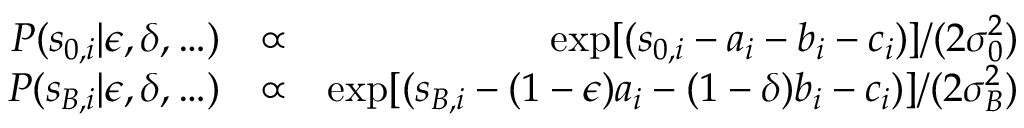
\begin{array} { r l r } { P ( s _ { 0 , i } | \epsilon , \delta , \ldots ) } & { \propto } & { \exp [ ( s _ { 0 , i } - a _ { i } - b _ { i } - c _ { i } ) ] / ( 2 \sigma _ { 0 } ^ { 2 } ) } \\ { P ( s _ { B , i } | \epsilon , \delta , \ldots ) } & { \propto } & { \exp [ ( s _ { B , i } - ( 1 - \epsilon ) a _ { i } - ( 1 - \delta ) b _ { i } - c _ { i } ) ] / ( 2 \sigma _ { B } ^ { 2 } ) } \end{array}